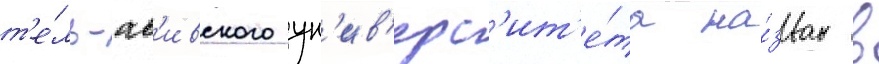
т'е́ль-ав'ивского ун'ив'ерс'ит'е́та на́зван в